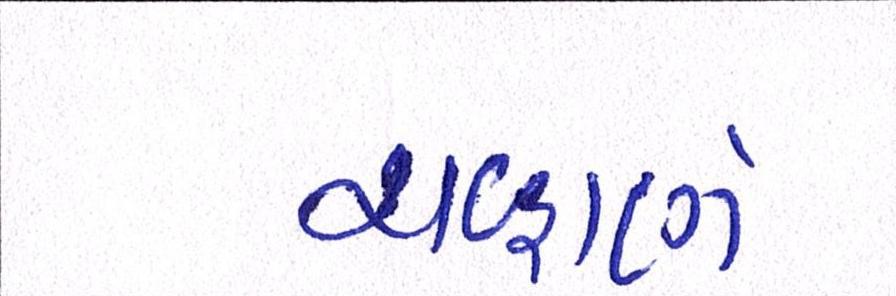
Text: ચવ્હાણે